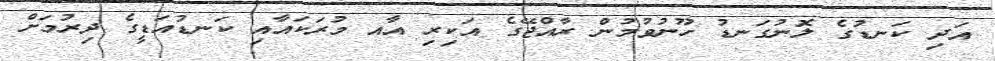
އަދި ކަނޑުގެ ލޮނުގަނޑު ހޫނުވުމުން ރާއްޖޭގެ އަކިރި އާއ މުރަކައާއި ކަނޑުއަޑީގެ ދިރުމަށް